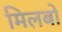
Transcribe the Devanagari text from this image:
मिलबो